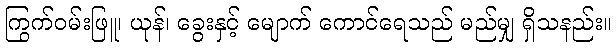
ကြွက်ဝမ်းဖြူ၊ ယုန်၊ ခွေးနှင့် မျောက် ကောင်ရေသည် မည်မျှ ရှိသနည်း။